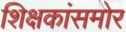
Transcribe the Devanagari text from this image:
शिक्षकांसमोर